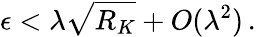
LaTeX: \epsilon<\lambda\sqrt{R_{K}}+O(\lambda^{2})\, .